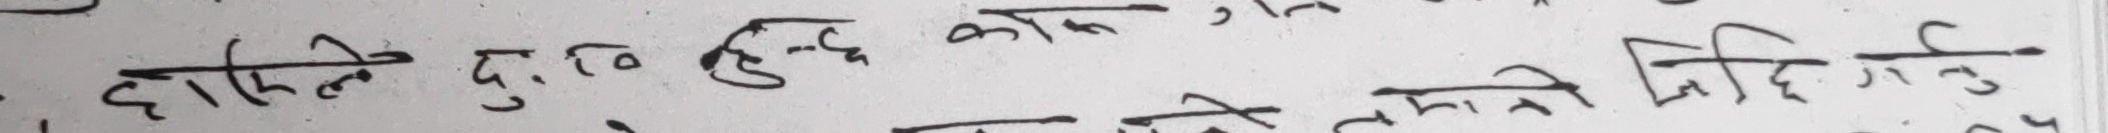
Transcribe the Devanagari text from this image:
दाहिले दु:ख हुन्छ को के न गर्नु।
सतेज निदी गर्नु।